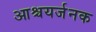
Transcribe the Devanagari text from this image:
आश्चयर्जनक